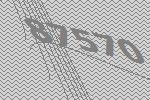
87570